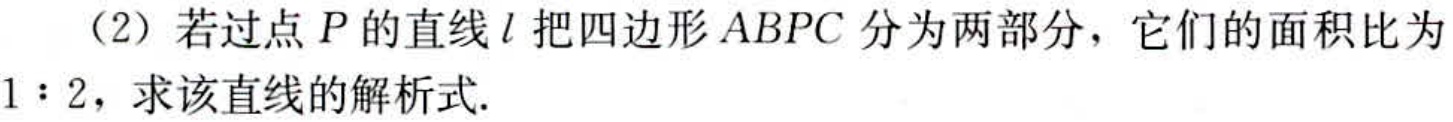
（2）若过点\(P\)的直线\(l\)把四边形\(ABPC\)分为两部分，它们的面积比为\(1:2\)，求该直线的解析式.